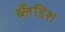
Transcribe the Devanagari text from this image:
ब्लँडिश